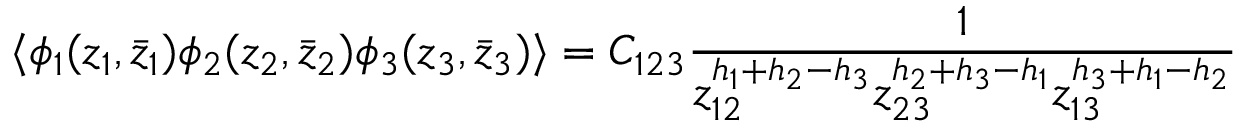
\langle \phi _ { 1 } ( z _ { 1 } , \bar { z } _ { 1 } ) \phi _ { 2 } ( z _ { 2 } , \bar { z } _ { 2 } ) \phi _ { 3 } ( z _ { 3 } , \bar { z } _ { 3 } ) \rangle = C _ { 1 2 3 } \frac { 1 } { z _ { 1 2 } ^ { h _ { 1 } + h _ { 2 } - h _ { 3 } } z _ { 2 3 } ^ { h _ { 2 } + h _ { 3 } - h _ { 1 } } z _ { 1 3 } ^ { h _ { 3 } + h _ { 1 } - h _ { 2 } } }